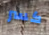
كسر